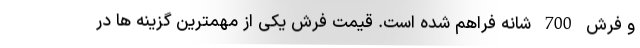
و فرش 700 شانه فراهم شده است. قیمت فرش یکی از مهمترین گزینه ها در